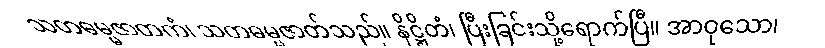
သတဓမ္မဇာတကံ၊ သတဓမ္မဇာတ်သည်။ နိဋ္ဌိတံ၊ ပြီးခြင်းသို့ရောက်ပြီ။ အာဝုသော၊